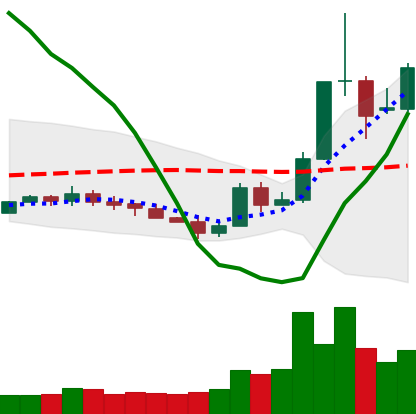
Ticker: XLM-USD
Chart end date: 2019-05-19
Forward return: -10.984%
Label: down_7plus